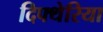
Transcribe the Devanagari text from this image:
दिफ्थेरिया